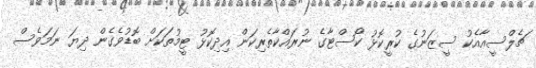
ޗެލްސީއާއެކު ސީޒަނުގެ ކުރީކޮޅު ކޯސްޓާގެ ނުރައްކާތެރިކަން އިދިކޮޅު ޓީމުތަކަށް ބޮޑުވެގެން ދިޔަ ނަމަވެސް